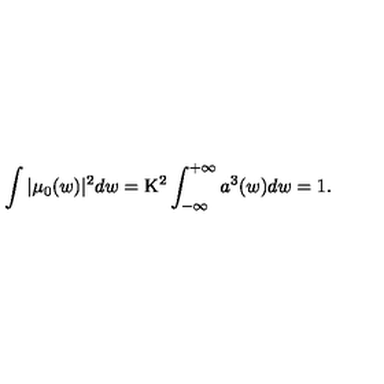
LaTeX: \int | \mu _ { 0 } ( w ) | ^ { 2 } d w = \mathrm { K } ^ { 2 } \int _ { - \infty } ^ { + \infty } a ^ { 3 } ( w ) d w = 1 .